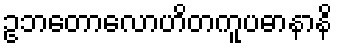
ဥဘတောလောဟိတကူပဓာနာနိ